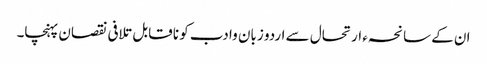
ان کے سانحہء ارتحال سے اردو زبان وا دب کو نا قابل تلافی نقصان پہنچا۔